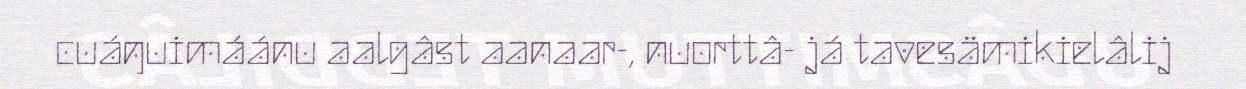
cuáŋuimáánu aalgâst aanaar-, nuorttâ- já tavesämikielâlij